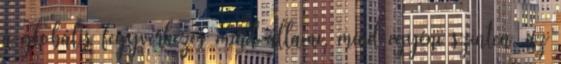
a globális fegyverkezés mind állami, mind egyéni szinten, az